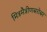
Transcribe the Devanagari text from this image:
मित्रमैत्रीणबरोबर